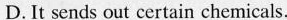
D.It sends out certain chemicals.